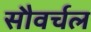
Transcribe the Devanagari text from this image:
सौवर्चल